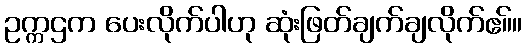
ဥက္ကဌက ပေးလိုက်ပါဟု ဆုံးဖြတ်ချက်ချလိုက်ဧ။်။